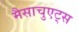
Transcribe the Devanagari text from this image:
मैसाचुएट्स